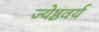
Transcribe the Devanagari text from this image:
ज्येष्ठवर्य